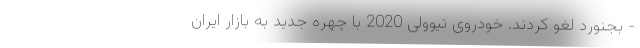
- بجنورد لغو کردند. خودروی تیوولی 2020 با چهره جدید به بازار ایران